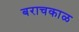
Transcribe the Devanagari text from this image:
बराचकाळ